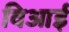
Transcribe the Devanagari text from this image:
विआई